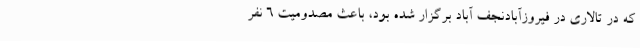
که در تالاری در فیروزآبادنجف آباد برگزار شده بود، باعث مصدومیت 6 نفر